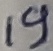
Text: 19